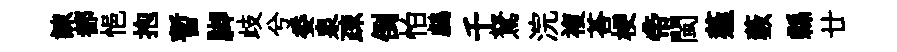
諫都悒抱暫脚歧兮委泉疎倒怕鸕千駑浣複荅梗帝閩薤藪縣廿